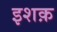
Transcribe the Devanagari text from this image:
इशक़